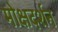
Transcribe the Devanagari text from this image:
मोक्षदर्शन